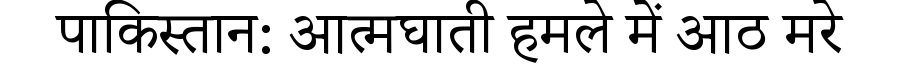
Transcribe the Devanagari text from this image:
पाकिस्तान: आत्मघाती हमले में आठ मरे